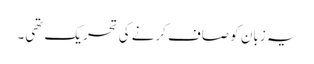
یہ زبان کو صاف کرنے کی تحریک تھی۔